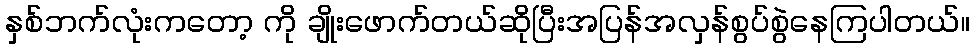
နှစ်ဘက်လုံးကတော့ ကို ချိုးဖောက်တယ်ဆိုပြီးအပြန်အလှန်စွပ်စွဲနေကြပါတယ်။